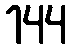
144